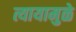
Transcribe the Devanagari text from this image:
त्यायामुळे